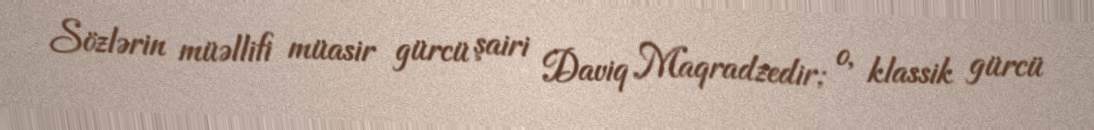
Sözlərin müəllifi müasir gürcü şairi Daviq Maqradzedir; o, klassik gürcü